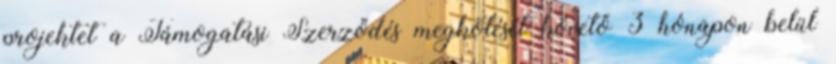
projektet a Támogatási Szerződés megkötését követő 3 hónapon belül